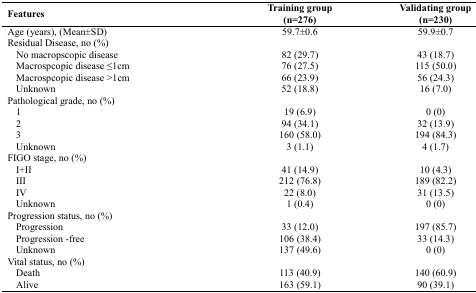
<table><thead><tr><td><b>Features</b></td><td><b>Training group(n=276)</b></td><td><b>Validating group(n=230)</b></td></tr></thead><tbody><tr><td>Age (years), (Mean±SD)</td><td>59.7±0.6</td><td>59.9±0.7</td></tr><tr><td>Residual Disease, no (%)</td><td></td><td></td></tr><tr><td>No macropscopic disease</td><td>82 (29.7)</td><td>43 (18.7)</td></tr><tr><td>Macrospcopic disease ≤1cm</td><td>76 (27.5)</td><td>115 (50.0)</td></tr><tr><td>Macrospcopic disease &gt;1cm</td><td>66 (23.9)</td><td>56 (24.3)</td></tr><tr><td>Unknown</td><td>52 (18.8)</td><td>16 (7.0)</td></tr><tr><td>Pathological grade, no (%)</td><td></td><td></td></tr><tr><td>1</td><td>19 (6.9)</td><td>0 (0)</td></tr><tr><td>2</td><td>94 (34.1)</td><td>32 (13.9)</td></tr><tr><td>3</td><td>160 (58.0)</td><td>194 (84.3)</td></tr><tr><td>Unknown</td><td>3 (1.1)</td><td>4 (1.7)</td></tr><tr><td>FIGO stage, no (%)</td><td></td><td></td></tr><tr><td>I+II</td><td>41 (14.9)</td><td>10 (4.3)</td></tr><tr><td>III</td><td>212 (76.8)</td><td>189 (82.2)</td></tr><tr><td>IV</td><td>22 (8.0)</td><td>31 (13.5)</td></tr><tr><td>Unknown</td><td>1 (0.4)</td><td>0 (0)</td></tr><tr><td>Progression status, no (%)</td><td></td><td></td></tr><tr><td>Progression</td><td>33 (12.0)</td><td>197 (85.7)</td></tr><tr><td>Progression -free</td><td>106 (38.4)</td><td>33 (14.3)</td></tr><tr><td>Unknown</td><td>137 (49.6)</td><td>0 (0)</td></tr><tr><td>Vital status, no (%)</td><td></td><td></td></tr><tr><td>Death</td><td>113 (40.9)</td><td>140 (60.9)</td></tr><tr><td>Alive</td><td>163 (59.1)</td><td>90 (39.1)</td></tr></tbody></table>